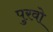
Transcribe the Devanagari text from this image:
पुरवो